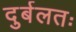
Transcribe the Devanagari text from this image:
दुर्बलतः